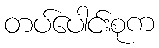
တပ်ပေါင်းစုက